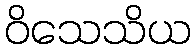
ဝိသေသိယ